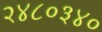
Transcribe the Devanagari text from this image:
२४८०३४०